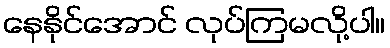
နေနိုင်အောင် လုပ်ကြမလို့ပါ။